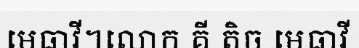
មេធាវី។លោក គី តិច មេធាវី